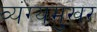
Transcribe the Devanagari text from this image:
व्यंग्यमुखर